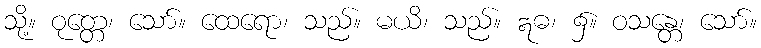
သို့။ ဝုတ္တေ၊ သော်။ ထေရော၊ သည်။ မယိ၊ သည်။ ဣဓ၊ ၌။ ဝသန္တေ၊ သော်။